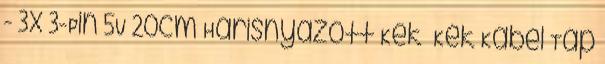
- 3x 3-Pin 5V 20cm Harisnyázott Kék Kék Kábel Táp